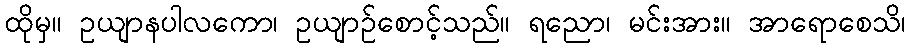
ထိုမှ။ ဥယျာနပါလကော၊ ဥယျာဉ်စောင့်သည်။ ရညော၊ မင်းအား။ အာရောစေသိ၊